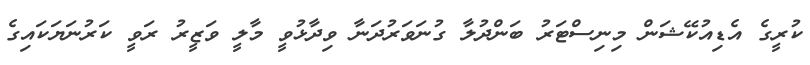
ކުރީގެ އެޑިއުކޭޝަން މިނިސްޓަރު ބަންދުލާ ގުނަވަރުދަނާ ވިދާޅުވީ މާލީ ވަޒީރު ރަވީ ކަރުނަޔަކައިގެ